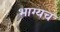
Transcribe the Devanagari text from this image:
भाग्यच